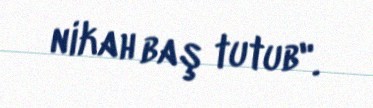
nikah baş tutub".